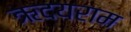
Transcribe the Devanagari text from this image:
ऋदयराम